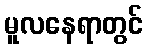
မူလနေရာတွင်